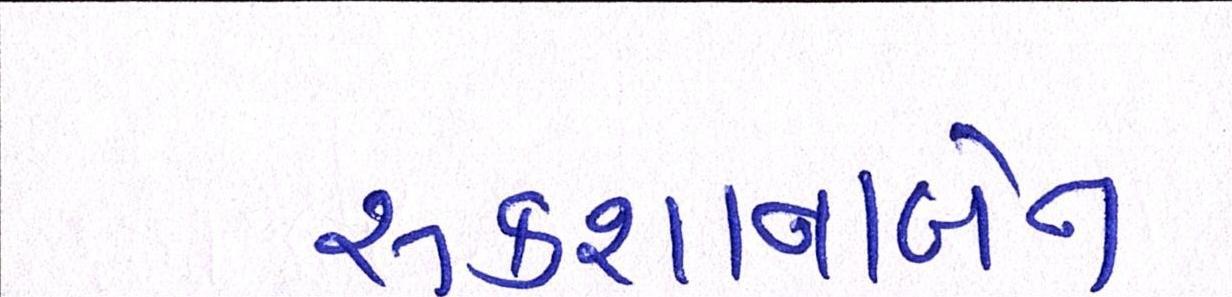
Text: રૂકશાનાબેન